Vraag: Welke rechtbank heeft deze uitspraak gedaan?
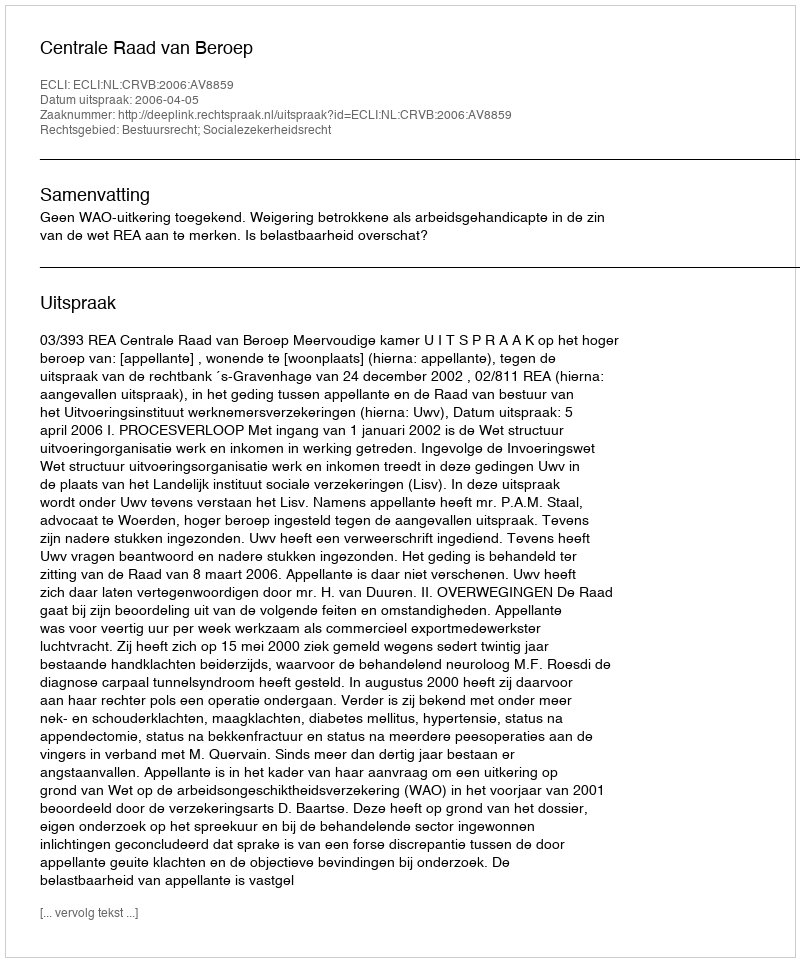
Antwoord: Centrale Raad van Beroep